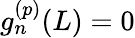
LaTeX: g_{n}^{(p)}(L)=0